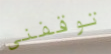
توقفني